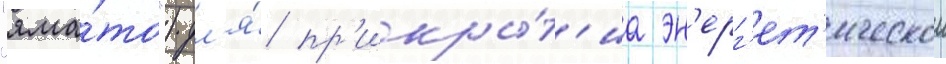
"яма́то") дл'я́ пр'икры́т'иа эн'ерг'ет'ическои